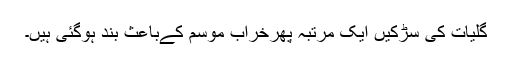
گلیات کی سڑکیں ایک مرتبہ پھرخراب موسم کےباعث بند ہوگئی ہیں۔